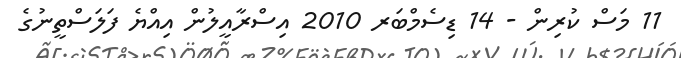
11 މަސް ކުރިން - 14 ޑިސެމްބަރ 2010 އިސްރާއީލުން އިއްޔެ ފަލަސްތީނުގެ